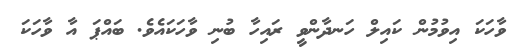
ވާހަކަ އިވުމުން ކައިލް ހަނދާންވީ ރައިހާ ބުނި ވާހަކައެވެ. ބައްޕަ އާ ވާހަކަ